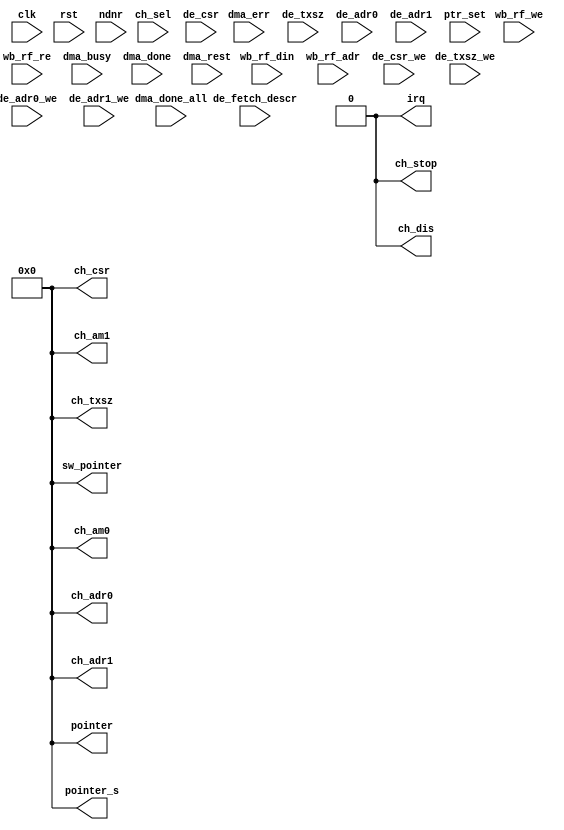
module wb_dma_ch_rf_dummy(clk, rst,
			pointer, pointer_s, ch_csr, ch_txsz, ch_adr0, ch_adr1,
			ch_am0, ch_am1, sw_pointer, ch_stop, ch_dis, irq,
			wb_rf_din, wb_rf_adr, wb_rf_we, wb_rf_re,
			ch_sel, ndnr,
			dma_busy, dma_err, dma_done, dma_done_all,
			de_csr, de_txsz, de_adr0, de_adr1,
			de_csr_we, de_txsz_we, de_adr0_we, de_adr1_we,
			de_fetch_descr, dma_rest,
			ptr_set
		);
parameter	CH_NO = 0;
parameter	HAVE_ARS = 1;
parameter	HAVE_ED  = 1;
parameter	HAVE_CBUF= 1;
input		clk, rst;
output	[31:0]	pointer;
output	[31:0]	pointer_s;
output	[31:0]	ch_csr;
output	[31:0]	ch_txsz;
output	[31:0]	ch_adr0;
output	[31:0]	ch_adr1;
output	[31:0]	ch_am0;
output	[31:0]	ch_am1;
output	[31:0]	sw_pointer;
output		ch_stop;
output		ch_dis;
output		irq;
input	[31:0]	wb_rf_din;
input	[7:0]	wb_rf_adr;
input		wb_rf_we;
input		wb_rf_re;
input	[4:0]	ch_sel;
input		ndnr;
input		dma_busy, dma_err, dma_done, dma_done_all;
input	[31:0]	de_csr;
input	[11:0]	de_txsz;
input	[31:0]	de_adr0;
input	[31:0]	de_adr1;
input		de_csr_we, de_txsz_we, de_adr0_we, de_adr1_we, ptr_set;
input		de_fetch_descr;
input		dma_rest;
assign		pointer = 32'h0;
assign		pointer_s = 32'h0;
assign		ch_csr = 32'h0;
assign		ch_txsz = 32'h0;
assign		ch_adr0 = 32'h0;
assign		ch_adr1 = 32'h0;
assign		ch_am0 = 32'h0;
assign		ch_am1 = 32'h0;
assign		sw_pointer = 32'h0;
assign		ch_stop = 1'b0;
assign		ch_dis = 1'b0;
assign		irq = 1'b0;
endmodule